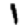
Digit: 1